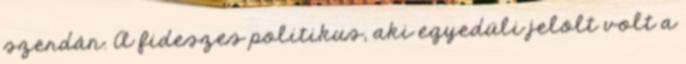
szerdán. A fideszes politikus, aki egyedüli jelölt volt a